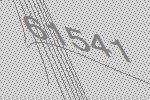
61541